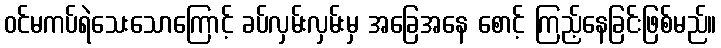
ဝင်မကပ်ရဲသေးသောကြောင့် ခပ်လှမ်းလှမ်းမှ အခြေအနေ စောင့် ကြည့်နေခြင်းဖြစ်မည်။